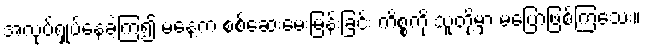
အလုပ်ရှုပ်နေခဲ့ကြ၍ မနေ့က စစ်ဆေးမေးမြန်းခြင်း ကိစ္စကို သူတို့မှာ မပြောဖြစ်ကြသေး။